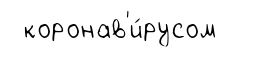
коронав'и́русом